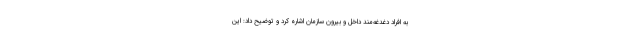
به افراد دغدغه‌مند داخل و بیرون سازمان اشاره کرد و توضیح داد: این